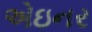
એઇનર